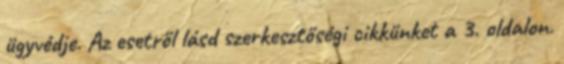
ügyvédje. Az esetről lásd szerkesztőségi cikkünket a 3. oldalon.